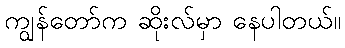
ကျွန်တော်က ဆိုးလ်မှာ နေပါတယ်။